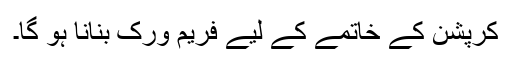
کرپشن کے خاتمے کے لیے فریم ورک بنانا ہو گا۔